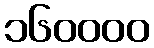
၁၆၀၀၀၀